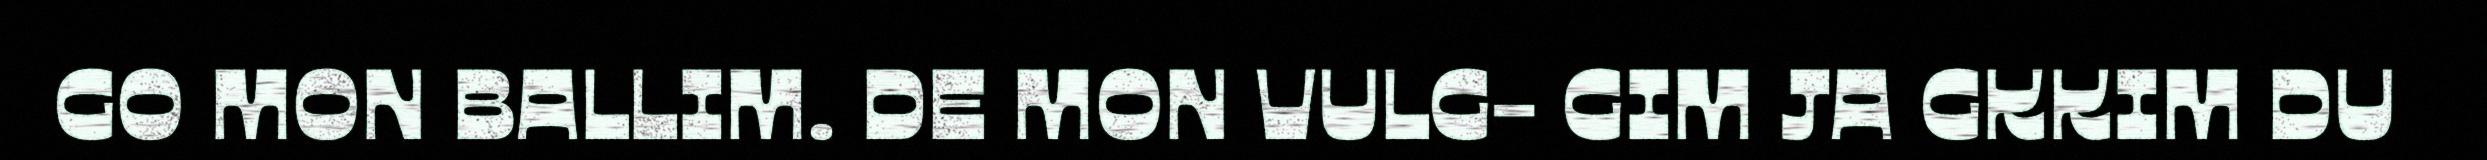
GO MON BALLIM. DE MON VULG- GIM JA GKKIM DU